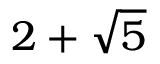
2 + { \sqrt { 5 } }